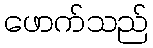
ဖောက်သည်